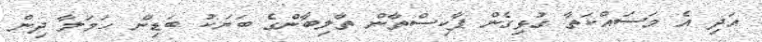
އަދި އެ މަސައްކަތާ ގުޅިގެން ޕާކިސްތާން ތާލިބާންގެ ބަޔަކު ބަޑިން ހަމަލާ ދިން